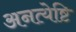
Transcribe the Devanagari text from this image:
अनत्येष्टि